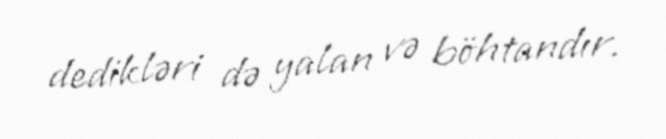
dedikləri də yalan və böhtandır.